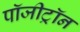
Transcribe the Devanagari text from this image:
पॉजीट्रॉन